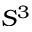
S ^ { 3 }